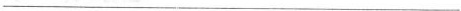
___